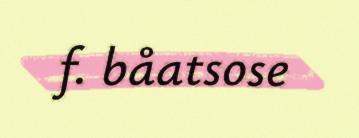
f. båatsose